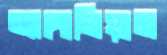
অ্যাঙ্গোলিয়ান